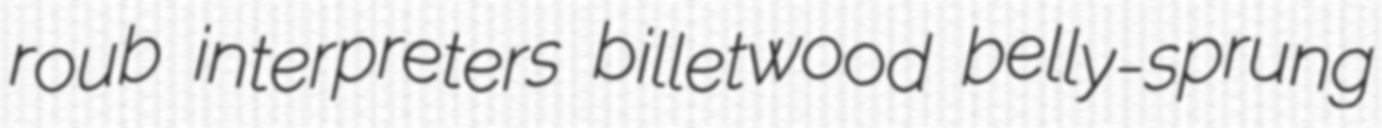
roub interpreters billetwood belly-sprung